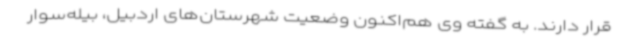
قرار دارند. به گفته وی هم‌اکنون وضعیت شهرستان‌های اردبیل، بیله‌سوار